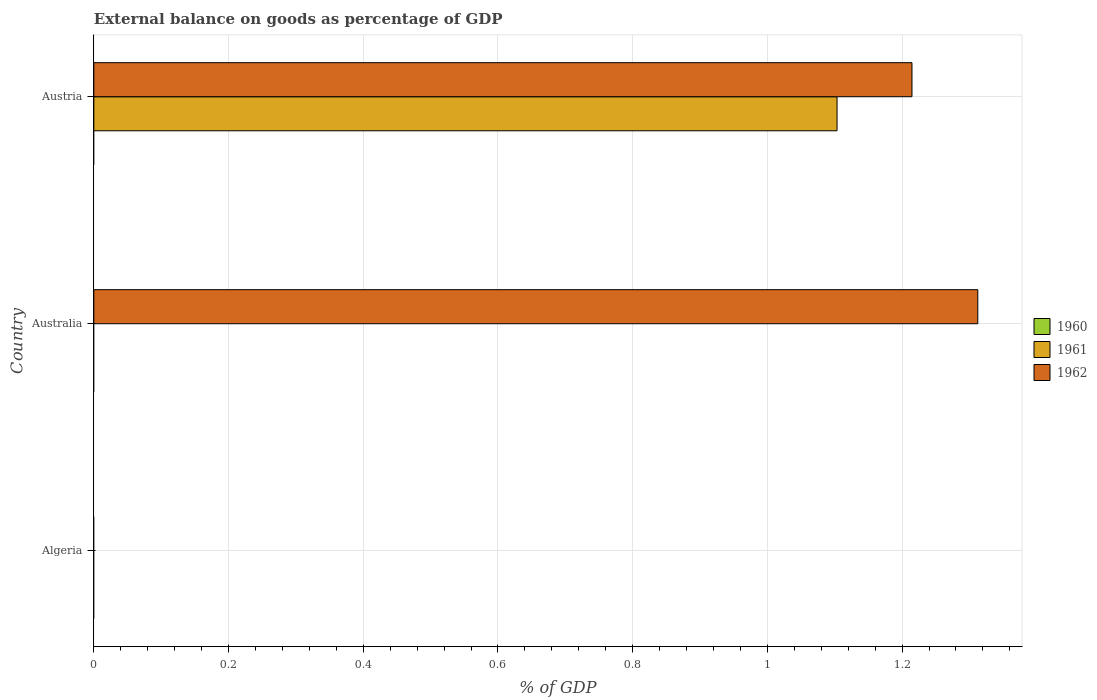
| Country | 1960 | 1961 | 1962 |
 | --- | --- | --- | --- |
 | Algeria | -28.1 | -21.3 | -1.02 |
 | Australia | -1.07 | -2.62 | 1.31 |
 | Austria | -0.0141 | 1.1 | 1.21 |